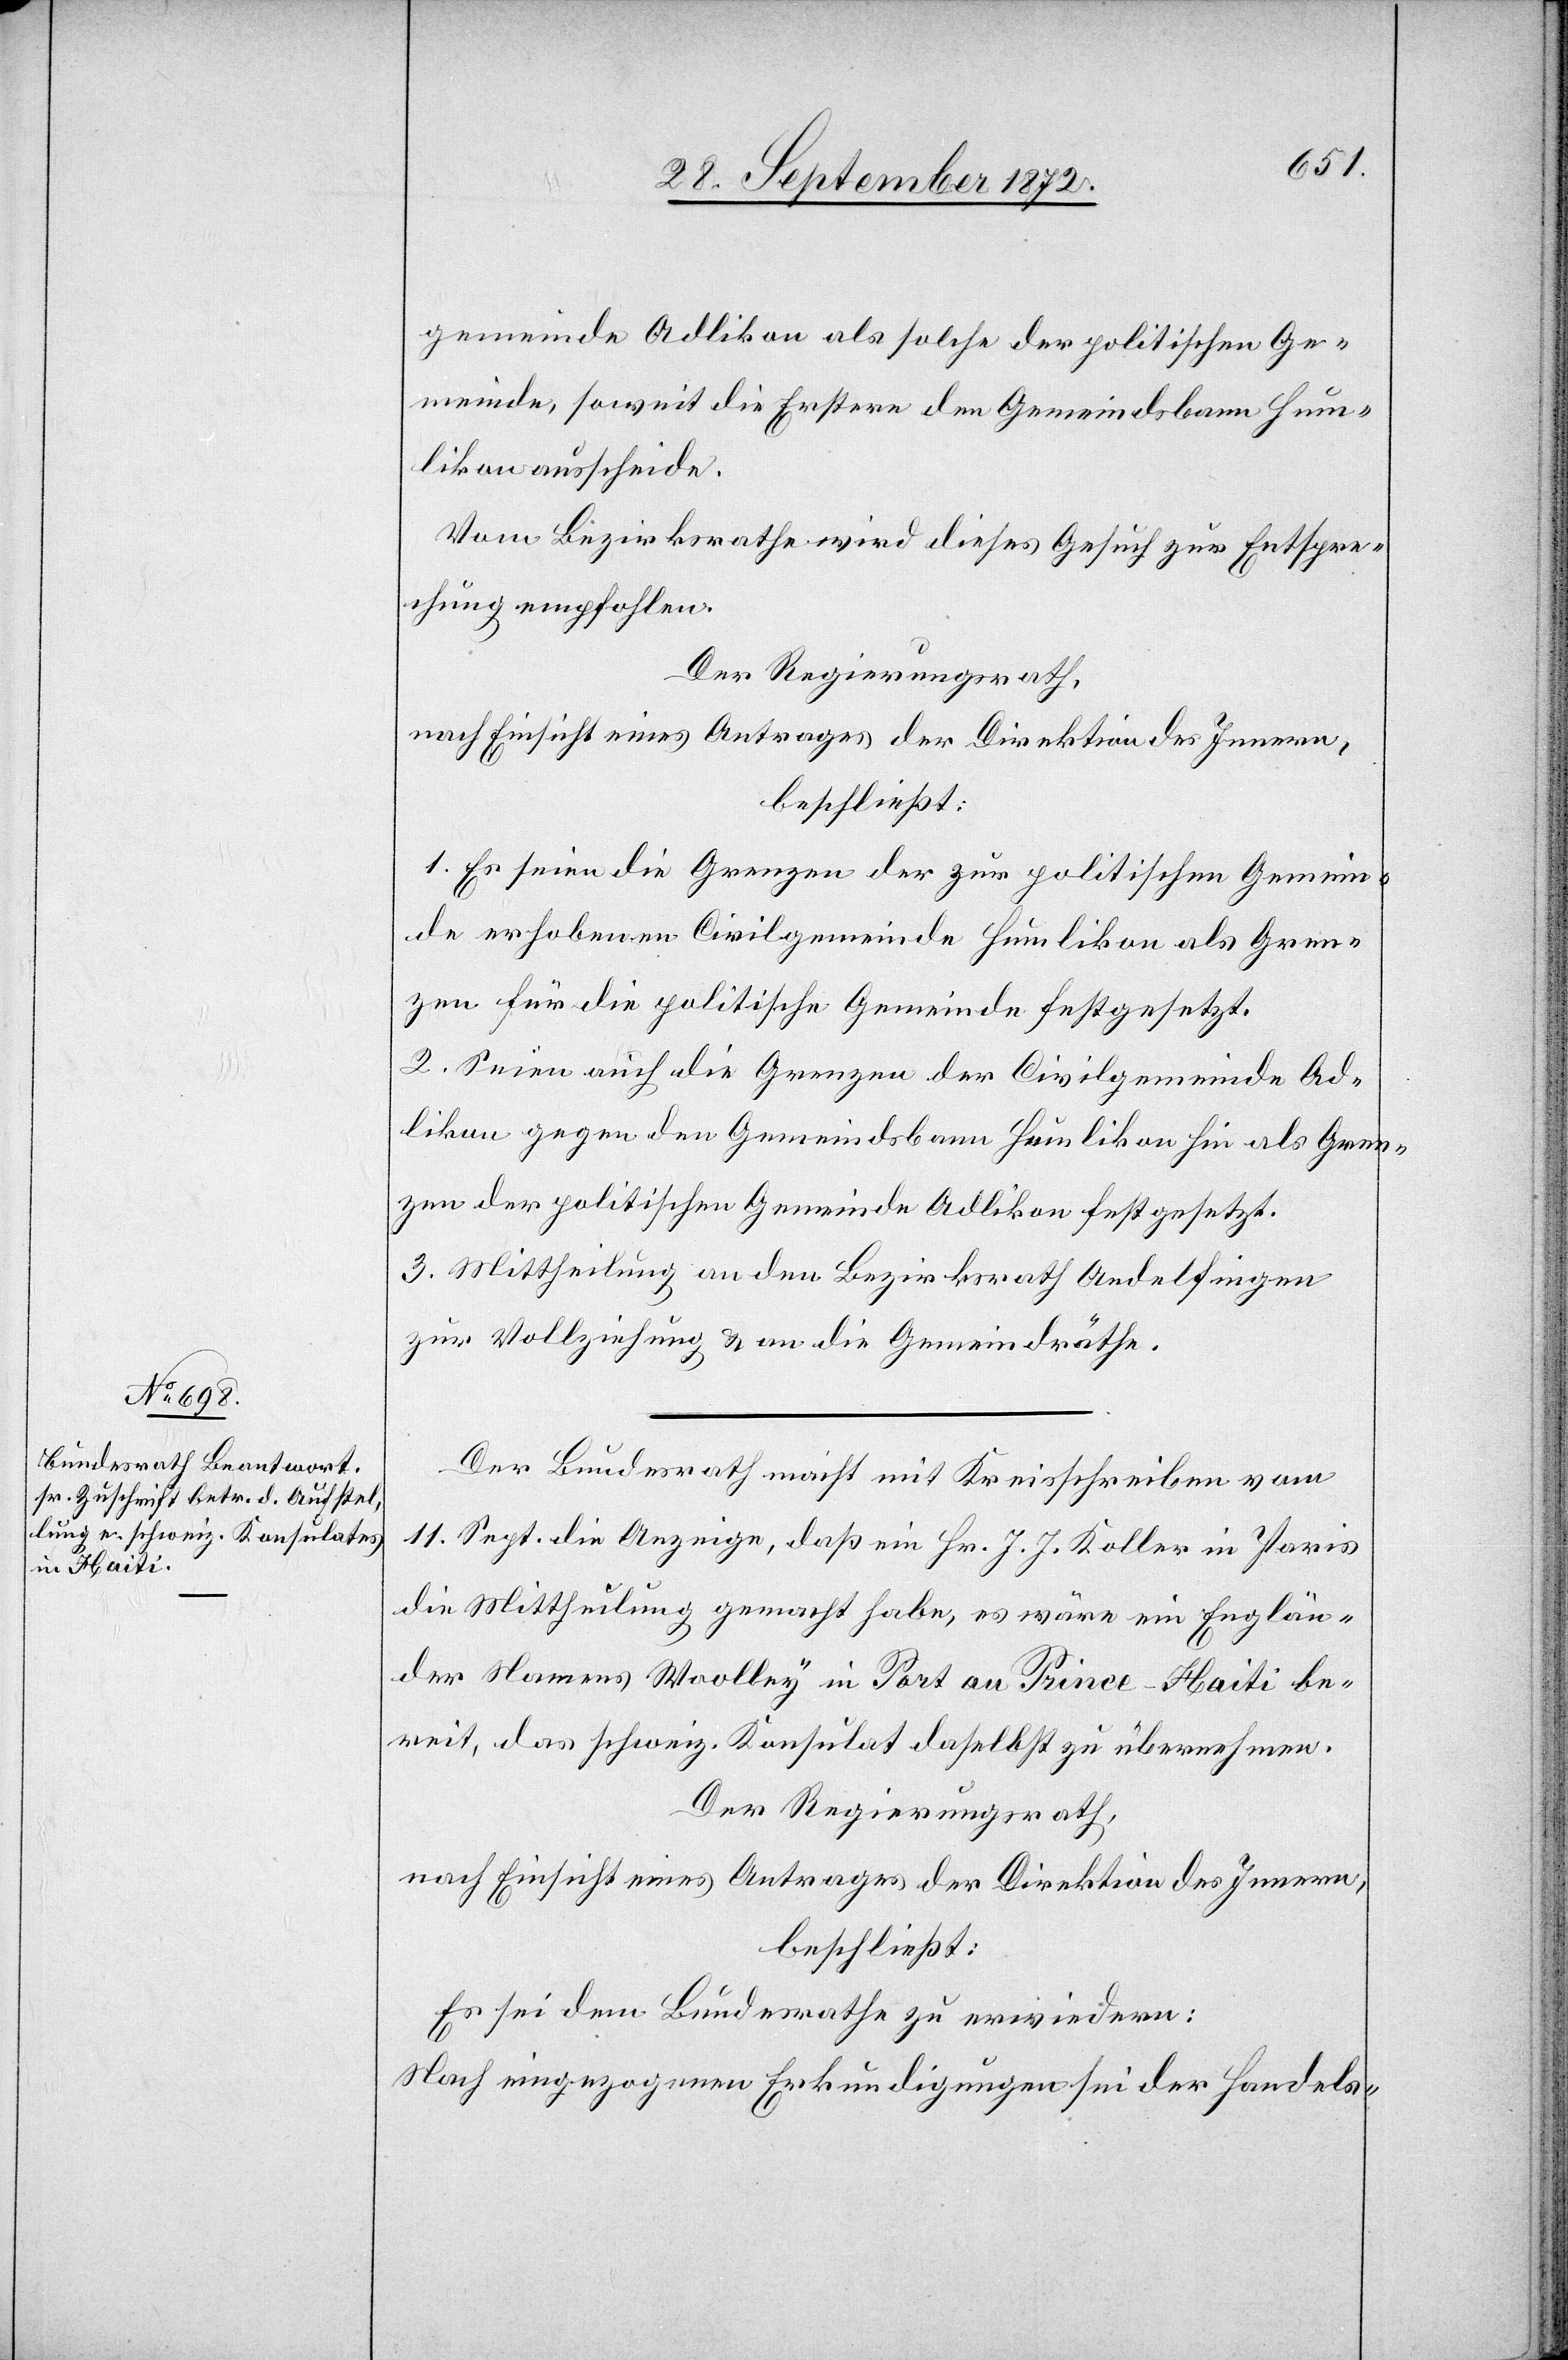
gemeinde Adlikon als solche der politischen Ge¬
meinde, soweit die Erstere den Gemeindsbann Hum¬
likon ausscheide.
Vom Bezirksrathe wird dieses Gesuch zur Entspre¬
chung empfohlen.
Der Regierungsrath,
nach Einsicht eines Antrages der Direktion des Innern,
beschließt:
1. Es seien die Grenzen der zur politischen Gemein¬
de erhobenen Civilgemeinde Humlikon als Gren¬
zen für die politische Gemeinde festgesetzt.
2. Seien auch die Grenzen der Civilgemeinde Ad¬
likon gegen den Gemeindsbann Humlikon hin als Gren¬
zen der politischen Gemeinde Adlikon festgesetzt.
3. Mittheilung an den Bezirksrath Andelfingen
zur Vollziehung u. an die Gemeindräthe.
Der Bundesrath macht mit Kreisschreiben vom
11. Sept. die Anzeige, daß ein Hr. J. J. Koller in Paris
die Mittheilung gemacht habe, es wäre ein Englän¬
der Namens Woolley in Port au Prince-Haiti be¬
reit, das schweiz. Konsulat daselbst zu übernehmen.
Der Regierungsrath,
nach Einsicht eines Antrages der Direktion des Innern,
beschließt:
Es sei dem Bundesrathe zu erwiedern:
Nach eingezogenen Erkundigungen sei der Handels-